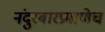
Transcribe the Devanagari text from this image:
नंदुरबारप्रमाणेच